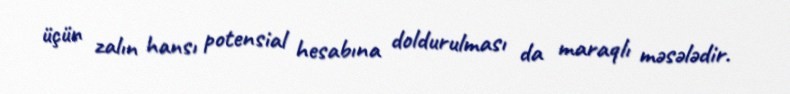
üçün zalın hansı potensial hesabına doldurulması da maraqlı məsələdir.